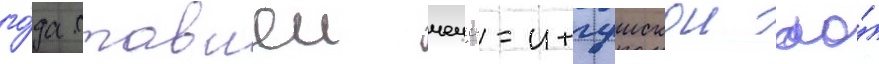
го́да ставшеи чечено-ингушскои ао́